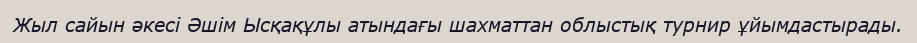
Жыл сайын әкесі Әшім Ысқақұлы атындағы шахматтан облыстық турнир ұйымдастырады.